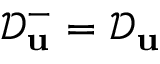
\mathcal { D } _ { \mathbf { u } } ^ { - } = \mathcal { D } _ { \mathbf { u } }